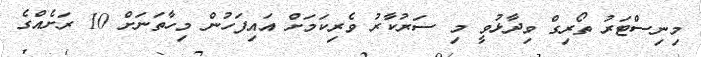
މިނިސްޓަރު ތޯރިގް ވިދާޅުވީ މި ސަރުކާރު ވެރިކަމަށް އައިފަހުން މިހާތަނަށް 10 ރަށެއްގެ